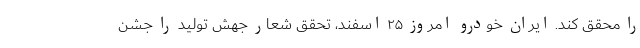
را محقق کند. ایران خودرو امروز ۲۵ اسفند، تحقق شعار جهش تولید را جشن